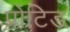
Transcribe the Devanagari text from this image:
प्रोटिड